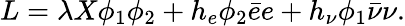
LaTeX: L=\lambda X\phi_{1}\phi_{2}+h_{e}\phi_{2}\bar{e}e+h_{\nu}\phi_{1}\bar{\nu}\nu.